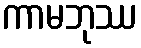
ကာမဘုဿ